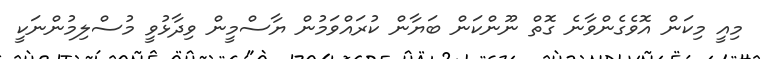
މިއީ މިކަން އޮވެގެންވާނެ ގޮތް ނޫންކަން ބަޔާން ކުރައްވަމުން ޔާސްމީން ވިދާޅުވީ މުސްލިމުންނަކީ